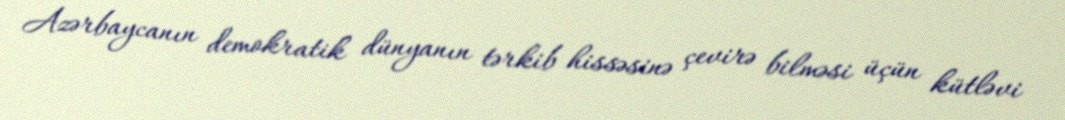
Azərbaycanın demokratik dünyanın tərkib hissəsinə çevirə bilməsi üçün kütləvi